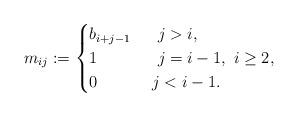
LaTeX: \begin{gather*}m_{ij}:= \begin{cases}b_{i+j-1} & \ \ j > i, \\1 & \ \ j=i-1, \ i \ge 2 , \\0 & \ j < i-1.\end{cases}\end{gather*}